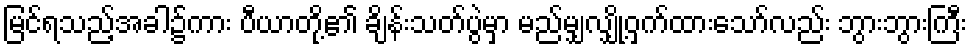
မြင်ရသည့်အခါ၌ကား ပီယာတို့၏ ချိန်းသတ်ပွဲမှာ မည်မျှလျှို့ဝှက်ထားသော်လည်း ဘွားဘွားကြီး